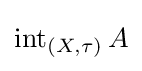
\operatorname {int} _{(X,\tau )}A